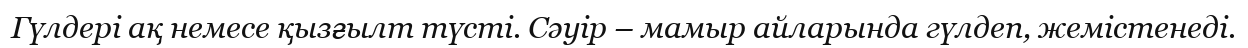
Гүлдері ақ немесе қызғылт түсті. Сәуір – мамыр айларында гүлдеп, жемістенеді.